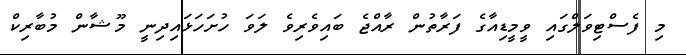
މި ފެސްޓިވަލްގައި ވީމީޑިއާގެ ފަރާތުން ރާއްޖެ ބައިވެރިވެ ލަވަ ހުށަހަޅައިދިނީ މޫޝާން މުބާރިކް